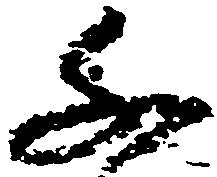
千